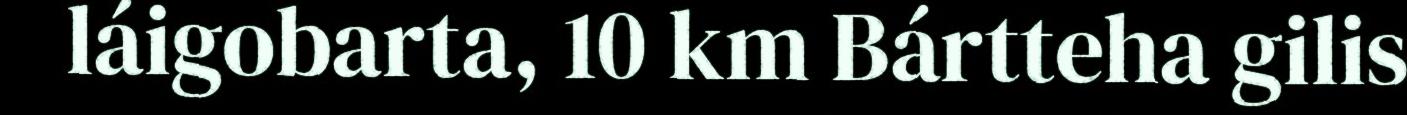
láigobarta, 10 km Bártteha gilis